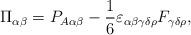
LaTeX: \begin{align*}\Pi_{\alpha\beta}=P_{A\alpha\beta}-{1\over 6}\varepsilon_{\alpha\beta\gamma\delta\rho}F_{\gamma\delta\rho},\end{align*}